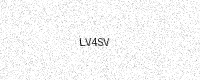
Text: LV4SV